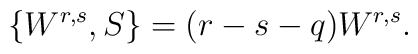
\{W^{r,s},S\}=(r-s-q)W^{r,s} .